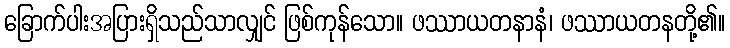
ခြောက်ပါးအပြားရှိသည်သာလျှင် ဖြစ်ကုန်သော။ ဖဿာယတနာနံ၊ ဖဿာယတနတို့၏။